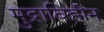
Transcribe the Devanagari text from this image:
मुद्राविहीन